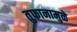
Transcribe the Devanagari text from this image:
तुफानामुळे